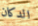
الدكان